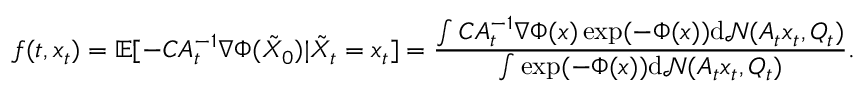
f ( t , x _ { t } ) = \mathbb { E } [ - C A _ { t } ^ { - 1 } \nabla \Phi ( \tilde { X } _ { 0 } ) | \tilde { X } _ { t } = x _ { t } ] = \frac { \int C A _ { t } ^ { - 1 } \nabla \Phi ( x ) \exp ( - \Phi ( x ) ) \mathrm { d } \mathcal { N } ( A _ { t } x _ { t } , Q _ { t } ) } { \int \exp ( - \Phi ( x ) ) \mathrm { d } \mathcal { N } ( A _ { t } x _ { t } , Q _ { t } ) } .